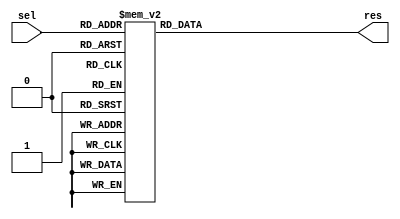
module one_Hot_Decoder(   // 3 to 8 decoder : one of them 1 others 0
    input [2:0] sel,
    output [7:0] res
    );
	 
	 reg [7:0] res;
	 
	 always @ (sel or res) begin
		case(sel)
			3'b000: res = 8'b00000001;
			3'b001: res = 8'b00000010;
			3'b010: res = 8'b00000100;
			3'b011: res = 8'b00001000;
			3'b100: res = 8'b00010000;
			3'b101: res = 8'b00100000;
			3'b110: res = 8'b01000000;
			3'b111: res = 8'b10000000;
		endcase
	 end

endmodule